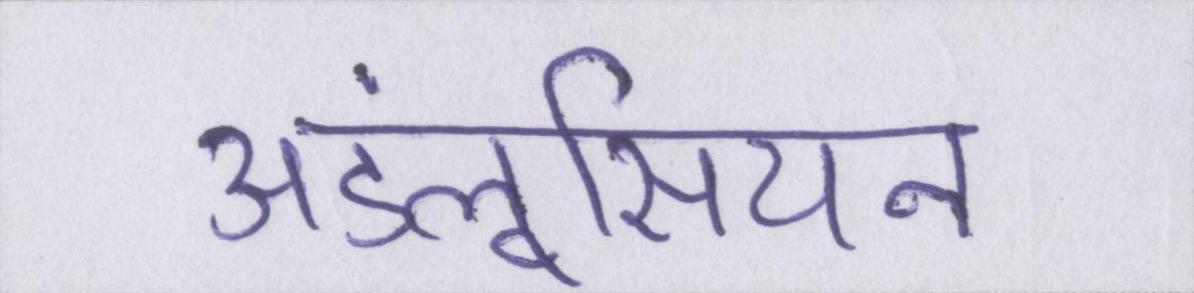
अंडलूसियन